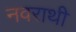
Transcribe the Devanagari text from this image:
नवराथी